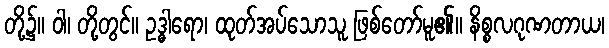
တို့၌။ ဝါ၊ တို့တွင်။ ဥဒ္ဓါရော၊ ထုတ်အပ်သောသူ ဖြစ်တော်မူ၏။ နိစ္စလဂုဏတာယ၊